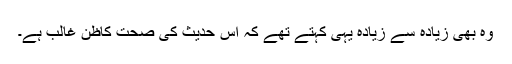
وہ بھی زیادہ سے زیادہ یہی کہتے تھے کہ اس حدیث کی صحت کاظنِ غالب ہے۔